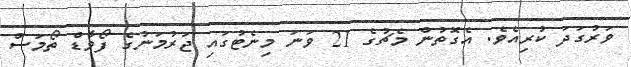
ވަރުގަދަ ކުރިއެވެ. އެގޮތުން މެޗުގެ 21 ވަނަ މިނެޓުގައި ޖަރުމަނުގެ ފޯވާޑް ތޯމަސް